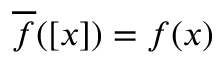
{ \overline { { f } } } ( [ x ] ) = f ( x )